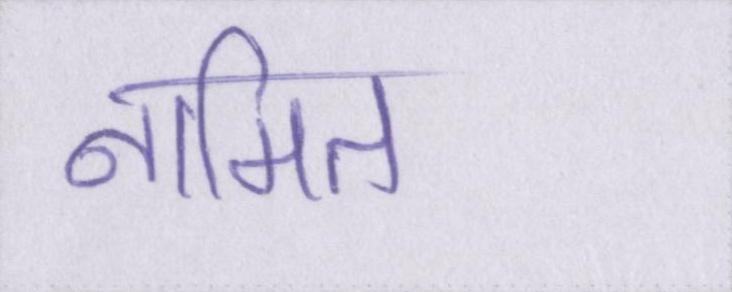
नामित